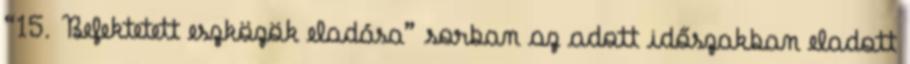
“15. Befektetett eszközök eladása” sorban az adott időszakban eladott